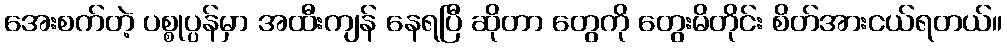
အေးစက်တဲ့ ပစ္စုပ္ပန်မှာ အထီးကျန် နေရပြီ ဆိုတာ တွေကို တွေးမိတိုင်း စိတ်အားငယ်ရတယ်။